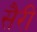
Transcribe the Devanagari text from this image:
सैरी